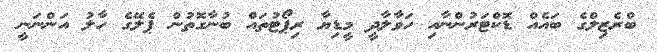
ބްރެޒިލްގެ ބައެއް ޑޮކްޓަރުންނާއި ހަވާލާދީ މީޑިޔާ ރިޕޯޓުތައް ބުނާގޮތުން ޕެލޭގެ ހާލު އަންނަނީ